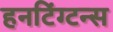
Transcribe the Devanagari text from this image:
हनटिंग्टन्स